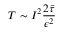
T \sim I ^ { 2 } \frac { 2 \bar { \tau } } { \epsilon ^ { 2 } }